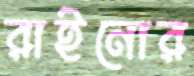
রাইনোর